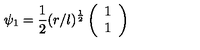
\psi _ { 1 } = \frac { 1 } { 2 } ( r / l ) ^ { \frac { 1 } { 2 } } \left( \begin{array} { c } { 1 } \\ { 1 } \\ \end{array} \right)